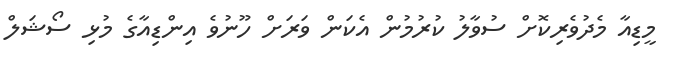
މީޑިއާ މެދުވެރިކޮށް ސުވާލު ކުރުމުން އެކަން ވަރަށް ހޫނުވެ އިންޑިއާގެ މުޅި ސޯޝަލް